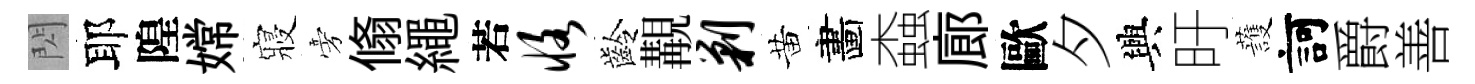
閃耶隍嫦寢旁翛繩若恪齡覯剿黄畵螙廊歐夕興旴䕶訶爵善